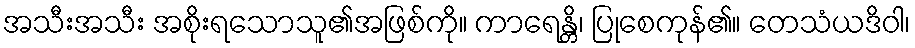
အသီးအသီး အစိုးရသောသူ၏အဖြစ်ကို။ ကာရေန္တိ၊ ပြုစေကုန်၏။ တေသံယဒိဝါ၊